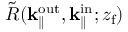
\Tilde { R } ( { \mathbf { k } _ { \parallel } ^ { \mathrm { o u t } } } , \mathbf { k } _ { \parallel } ^ { \mathrm { i n } } ; { z _ { \mathrm { f } } } )